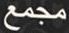
مجمع